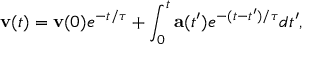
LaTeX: \mathbf { v } ( t ) = \mathbf { v } ( 0 ) e ^ { - t / \tau } + \int _ { 0 } ^ { t } \mathbf { a } ( t ^ { \prime } ) e ^ { - ( t - t ^ { \prime } ) / \tau } d t ^ { \prime } ,